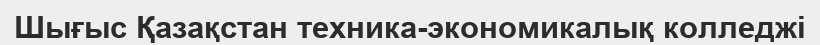
Шығыс Қазақстан техника-экономикалық колледжі